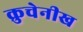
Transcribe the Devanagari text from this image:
क्रुचेनीख